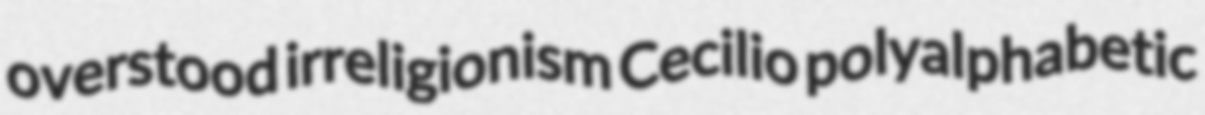
overstood irreligionism Cecilio polyalphabetic